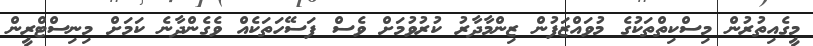
މީގެއިތުރުން މިސްކިތްތަކުގެ މުވައްޒަފުން ޒިންމާދާރު ކުރުވުމަށް ވެސް ފަސޭހަތަކެއް ވެގެންދާނެ ކަމަށް މިނިސްޓްރީން